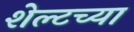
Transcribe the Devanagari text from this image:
शेल्टच्या